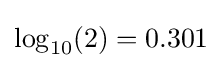
\log _{10}(2)=0.301